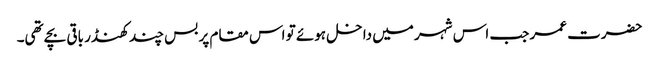
حضرت عمر جب اس شہر میں داخل ہوئے تو اس مقام پر بس چند کھنڈر باقی بچے تھی۔